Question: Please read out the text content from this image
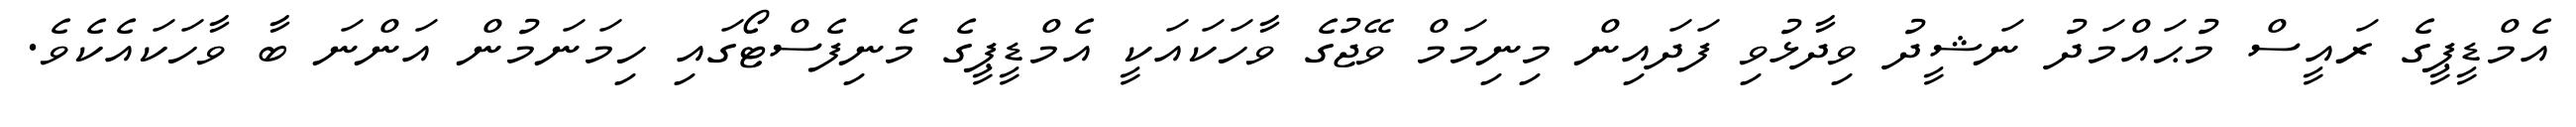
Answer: އެމްޑީޕީގެ ރައީސް މުޙައްމަދު ނަޝީދު ވިދާޅުވި ފަދައިން މިނިމަމް ވޭޖުގެ ވާހަކައަކީ އެމްޑީޕީގެ މެނިފެސްޓޯގައި ހިމަނަމުން އަންނަ ބާ ވާހަކައެކެވެ.